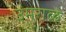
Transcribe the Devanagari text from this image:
उमराळे